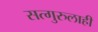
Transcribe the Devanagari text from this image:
सत्गुरुलाही